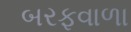
બરફવાળા